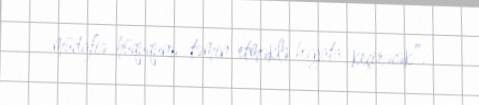
müdafiə hüququnu təmin etməklə həyata keçirəcək”.